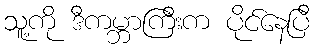
သူ့ကို ဒီကမ္ဘာကြီးက ပိုင်နေပြီ